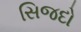
સિજદો